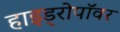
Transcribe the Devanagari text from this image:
हाइड्रोपॉवर